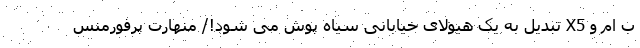
ب ام و X5 تبدیل به یک هیولای خیابانی سیاه پوش می شود!/ منهارت پرفورمنس